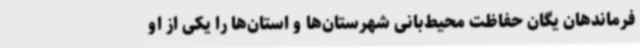
فرماندهان یگان حفاظت محیط‌بانی شهرستان‌ها و استان‌ها را یکی از او